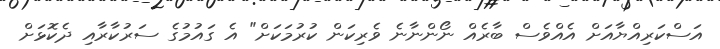
އަސްކަރިއްޔާއަށް އެއްވެސް ބާރެއް ނޯންނާނެ ވެރިކަން ކުރުމަކަށް" އެ ގައުމުގެ ސަރުކާރާއި ދެކޮޅަށް